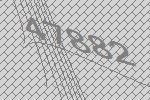
47882